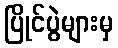
ပြိုင်ပွဲများမှ